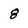
Character: 8